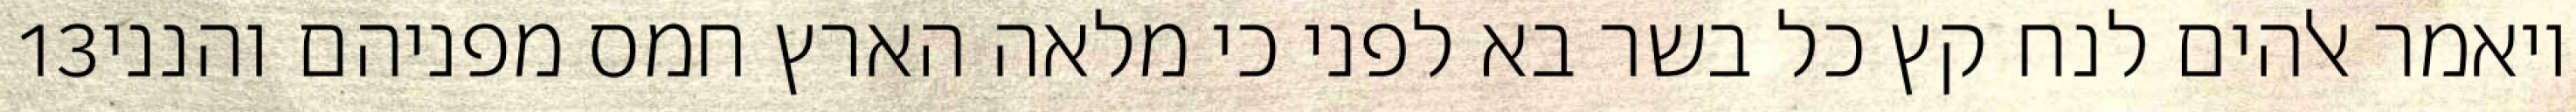
‎13‏ ויאמר אלהים לנח קץ כל בשר בא לפני כי מלאה הארץ חמס מפניהם והנני